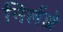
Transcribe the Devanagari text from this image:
निर्लज्जे